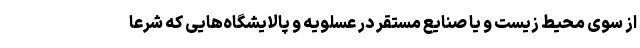
از سوی محیط زیست و یا صنایع مستقر در عسلویه و پالایشگاه‌هایی که شرعا